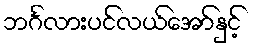
ဘင်္ဂလားပင်လယ်အော်နှင့်